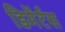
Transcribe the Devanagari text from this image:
डिमेंर्टस